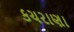
કચરાણા